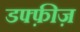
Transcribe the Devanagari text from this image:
डफ्फ़ीज़